Trukikaitis_Postimees, lk 163
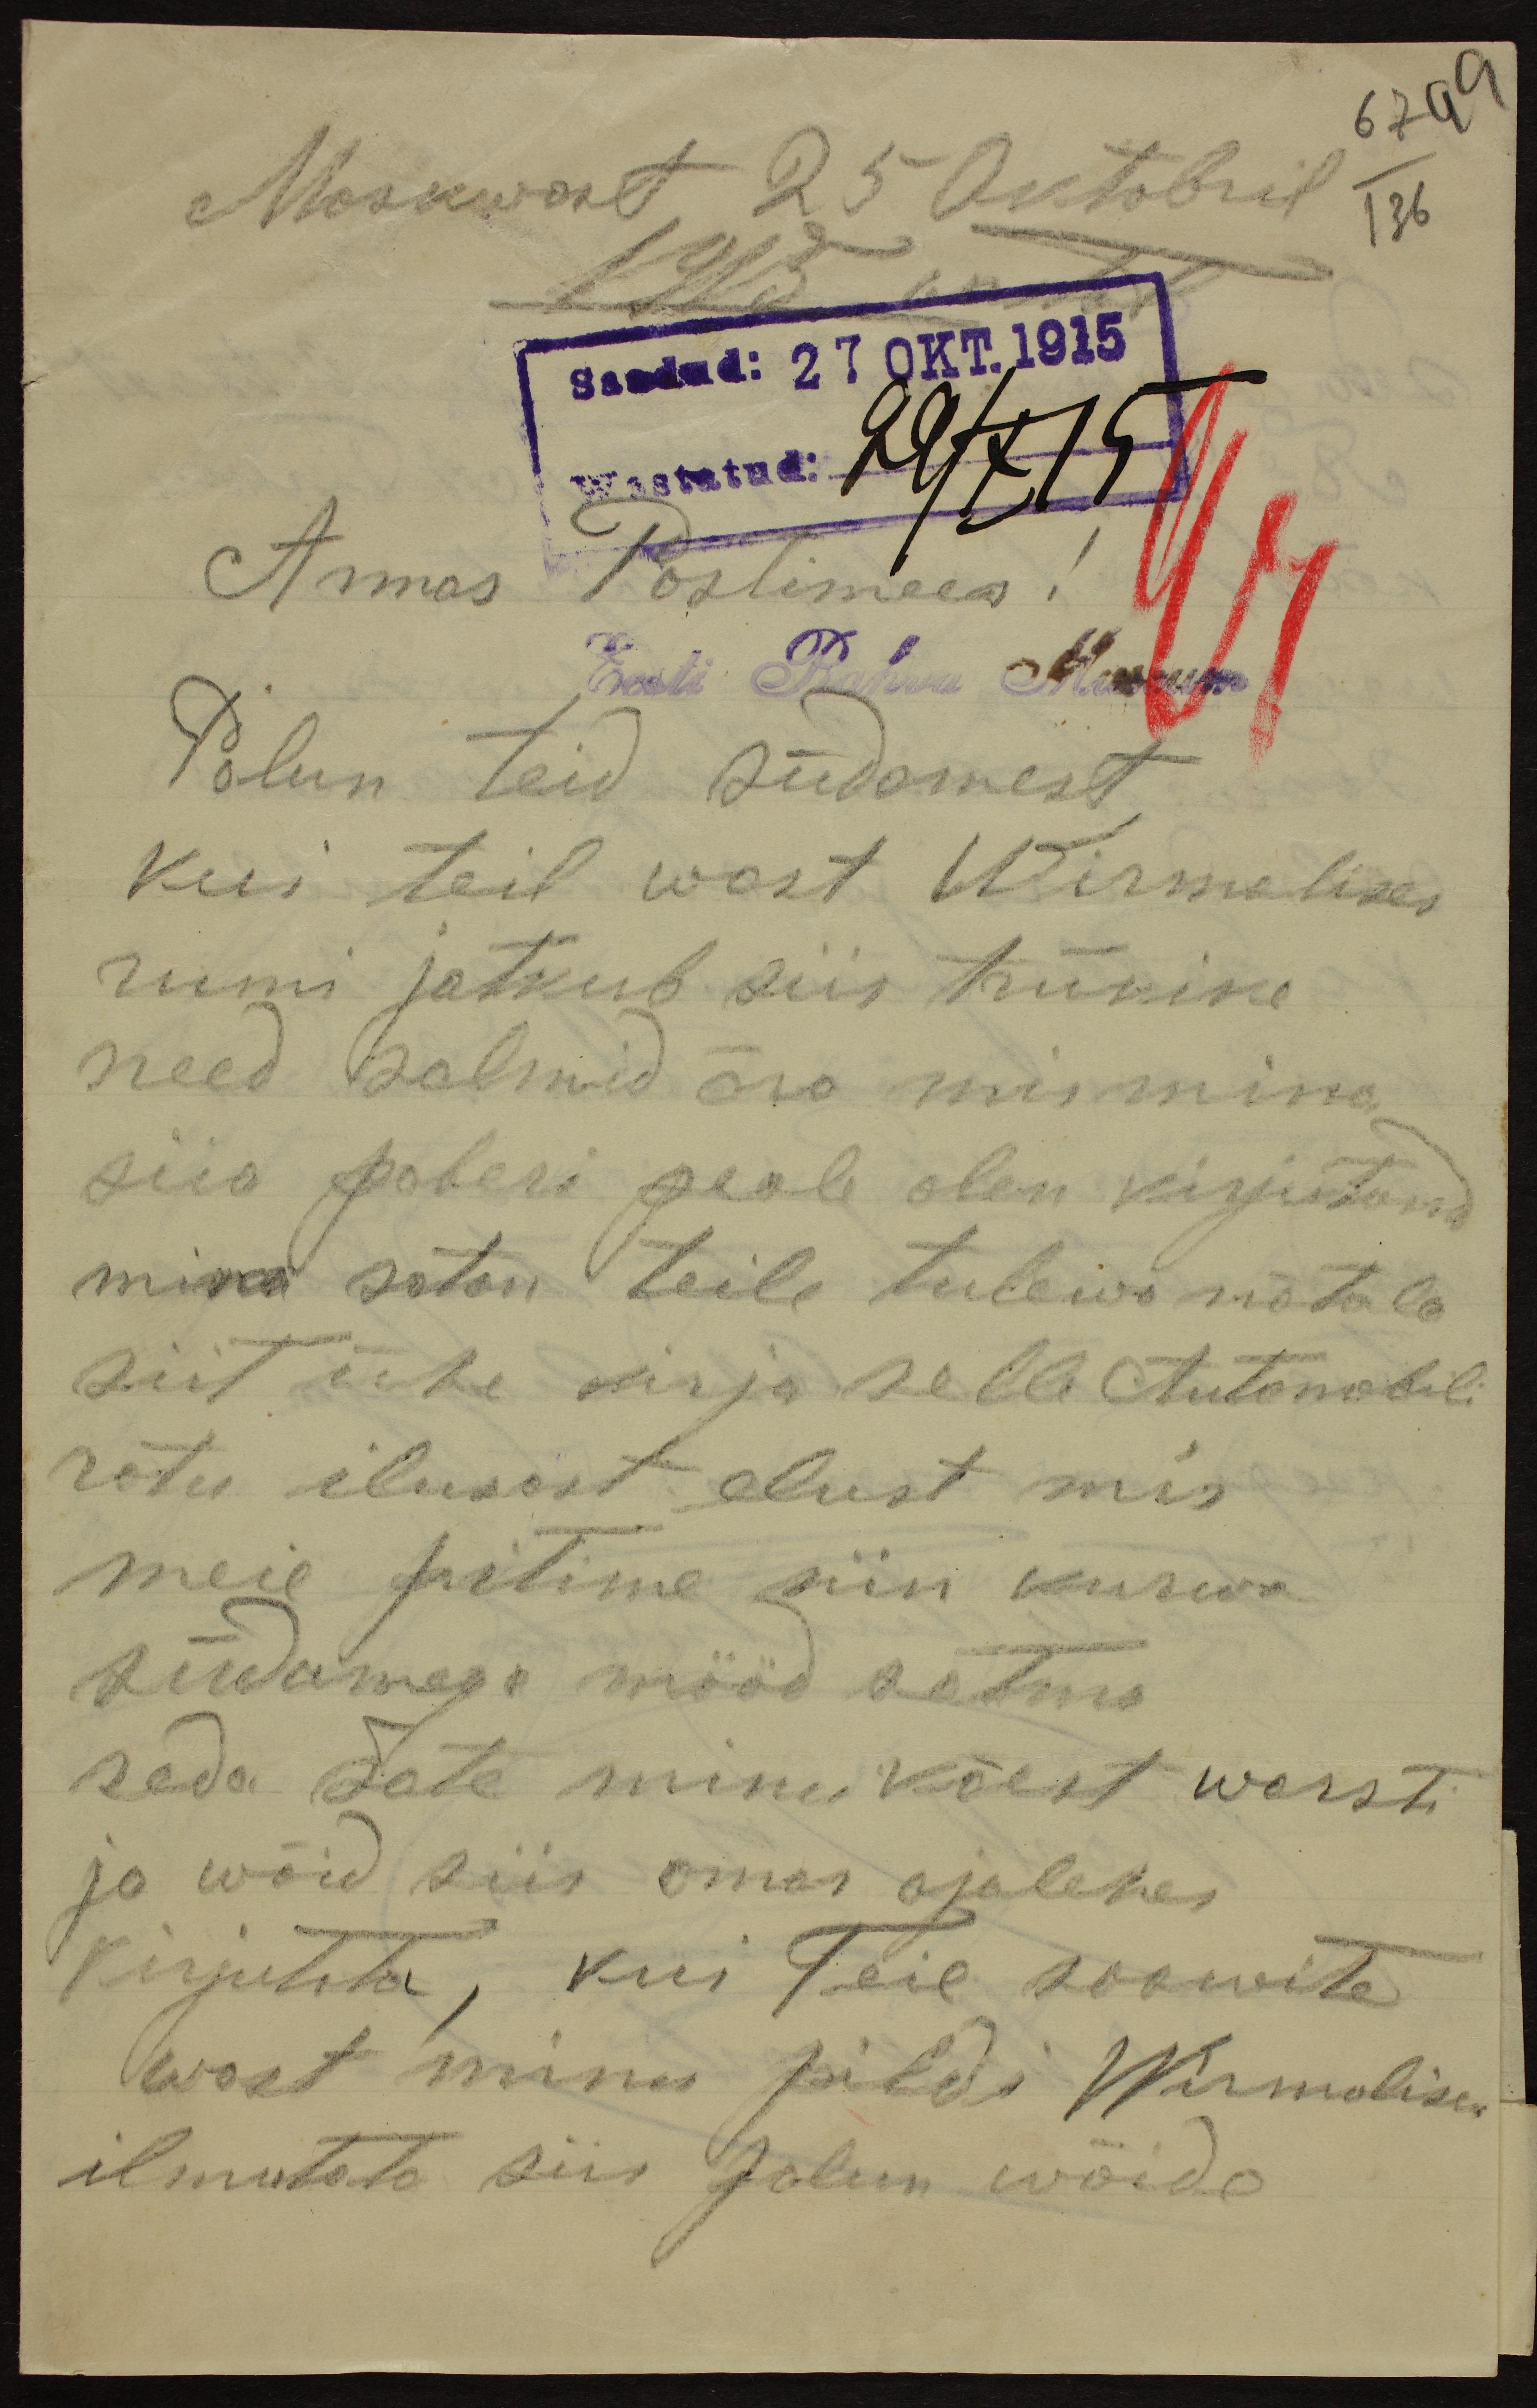
Moskwast 25 Oktobril
1915
Saadud: 27 OKT. 1915
Armas Postimees!
Eesti Rahva museum
Palun teid südamest
kui teil wast Wirmalises
rumi jätkub siis trükike
need salmid ära mis mina
siia paberi peale olen kirjutand
mina satan teile tulewa nätale
siit ühe kirja selle Automobili
rotu ilusast elust mis
meie pitime siin kurwa
südamega mööd satma
seda sate minu käest warsti
ja wõid siis omas ajalehes
kirjutata, kui Teie soowite
wast minu pildi Wirmalises
ilmutata siis palun wõide